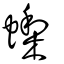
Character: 蟍